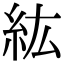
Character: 紘